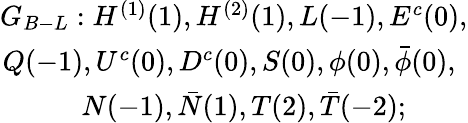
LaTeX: \begin{array}{rlc}{{G_{B-L}:H^{(1)}(1),H^{(2)}(1),L(-1),E^{c}(0),}}\\ {{Q(-1),U^{c}(0),D^{c}(0),S(0),\phi(0),\bar{\phi}(0),~}}\\ {{N(-1),\bar{N}(1),T(2),\bar{T}(-2);~~~~~~~~}}\end{array}